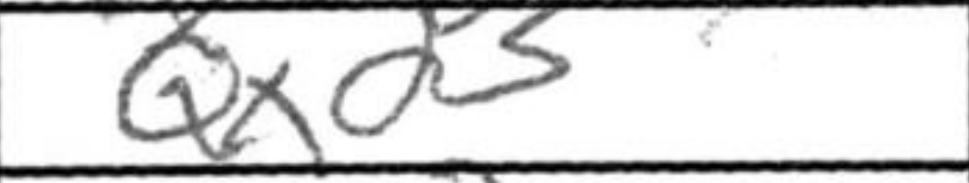
Transcription: Qxd3